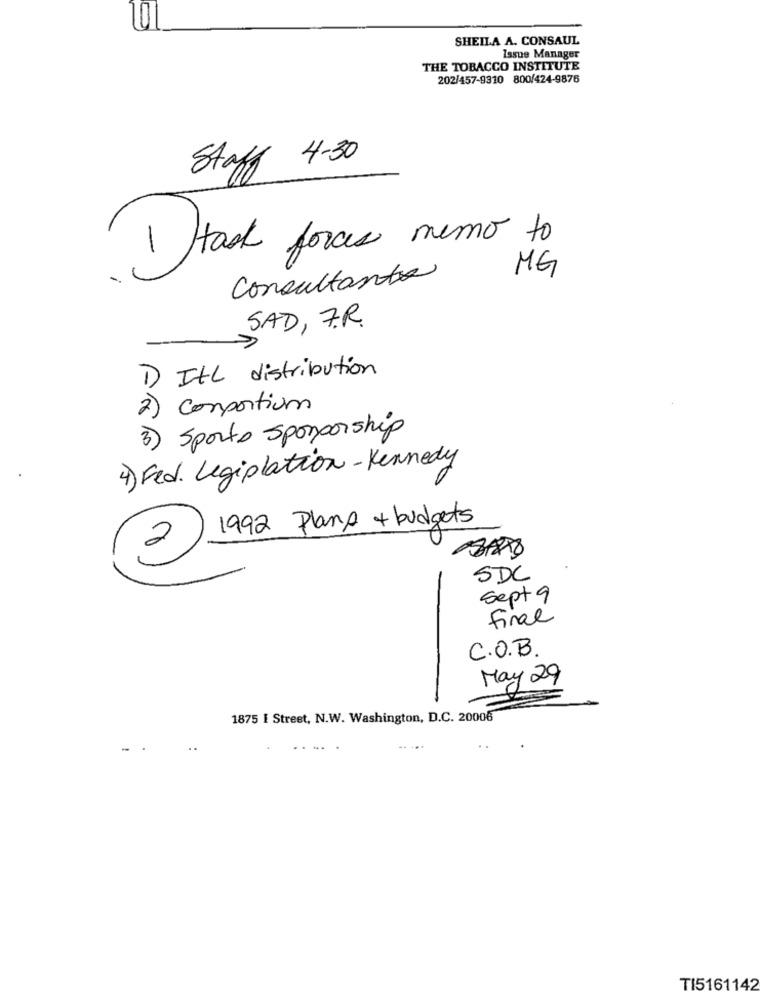
10
SHEILA A. CONSAUL
Issue Manager
THE TOBACCO INSTITUTE
202/457-9310 800/424-9876
Staff 4-30
1 )task forces
Consultante
MG
SAD, 7.R.
1) Itl distribution
2) comportium
3) Sporto sponsorship
4) Fed. Legiplation - Kennedy
2 1992 Plans + budgets
SDC
Sept 9
final
C.O.B.
May 29
1875 I Street, N.W. Washington, D.C. 20006
..
TI5161142